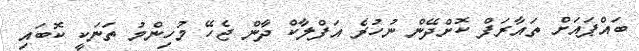
ބައްޕައަށް ތައާރަފް ކޮށްދޭން ނުހުރެ އަފްލާކް ދާން ޖެހޭ މުހިންމު ތަނަކީ ކޮބައި